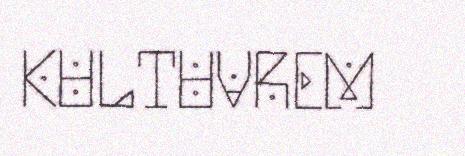
KULTUVREM